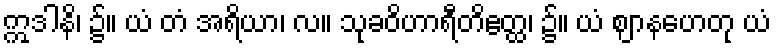
ဣဒါနိ၊ ၌။ ယံ တံ အရိယာ၊ လ။ သုခဝိဟာရီတိဧတ္ထ၊ ၌။ ယံ ဈာနဟေတု ယံ